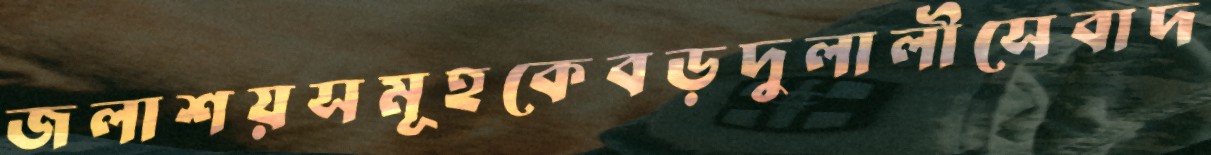
জলাশয়সমূহকেবড়দুলালীসেবাদ